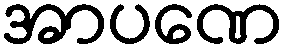
အာပဏေ